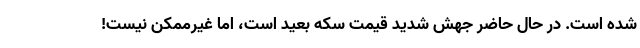
شده است. در حال حاضر جهش شدید قیمت سکه بعید است، اما غیرممکن نیست!